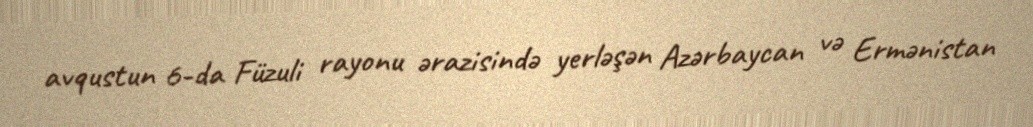
avqustun 6-da Füzuli rayonu ərazisində yerləşən Azərbaycan və Ermənistan